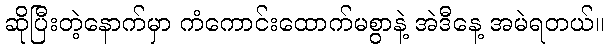
ဆိုပြီးတဲ့နောက်မှာ ကံကောင်းထောက်မစွာနဲ့ အဲဒီနေ့ အမဲရတယ်။